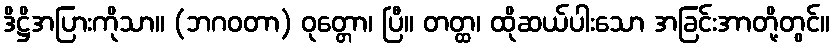
ဒိဋ္ဌိအပြားကိုသာ။ (ဘဂဝတာ) ဝုတ္တော၊ ပြီ။ တတ္ထ၊ ထိုဆယ်ပါးသော အခြင်းအာတို့တွင်။